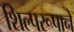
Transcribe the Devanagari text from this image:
शिल्परूपाने